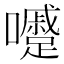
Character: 𡄱